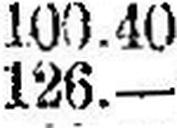
126.—